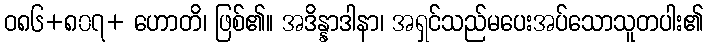
ဝ၈၆+၈၀၇+ ဟောတိ၊ ဖြစ်၏။ အဒိန္နာဒါနာ၊ အရှင်သည်မပေးအပ်သောသူတပါး၏